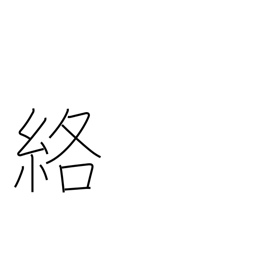
Meaning: get caught in